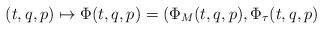
LaTeX: \begin{align*}(t,q,p)\mapsto \Phi(t,q,p)=(\Phi_M(t,q,p),\Phi_\tau(t,q,p)\end{align*}